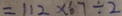
= 1 1 2 \times 6 7 \div 2